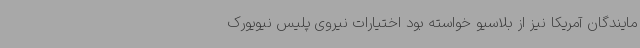
مایندگان آمریکا نیز از بلاسیو خواسته بود اختیارات نیروی پلیس نیویورک